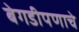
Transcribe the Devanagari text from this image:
बेगडीपणाचे